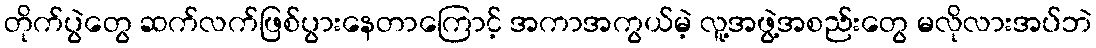
တိုက်ပွဲတွေ ဆက်လက်ဖြစ်ပွားနေတာကြောင့် အကာအကွယ်မဲ့ လူ့အဖွဲ့အစည်းတွေ မလိုလားအပ်ဘဲ